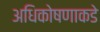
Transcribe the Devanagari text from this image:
अधिकोषणाकडे